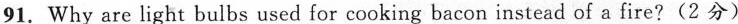
91. Why are light bulbs used for cooking bacon instead of a fire?(2分)